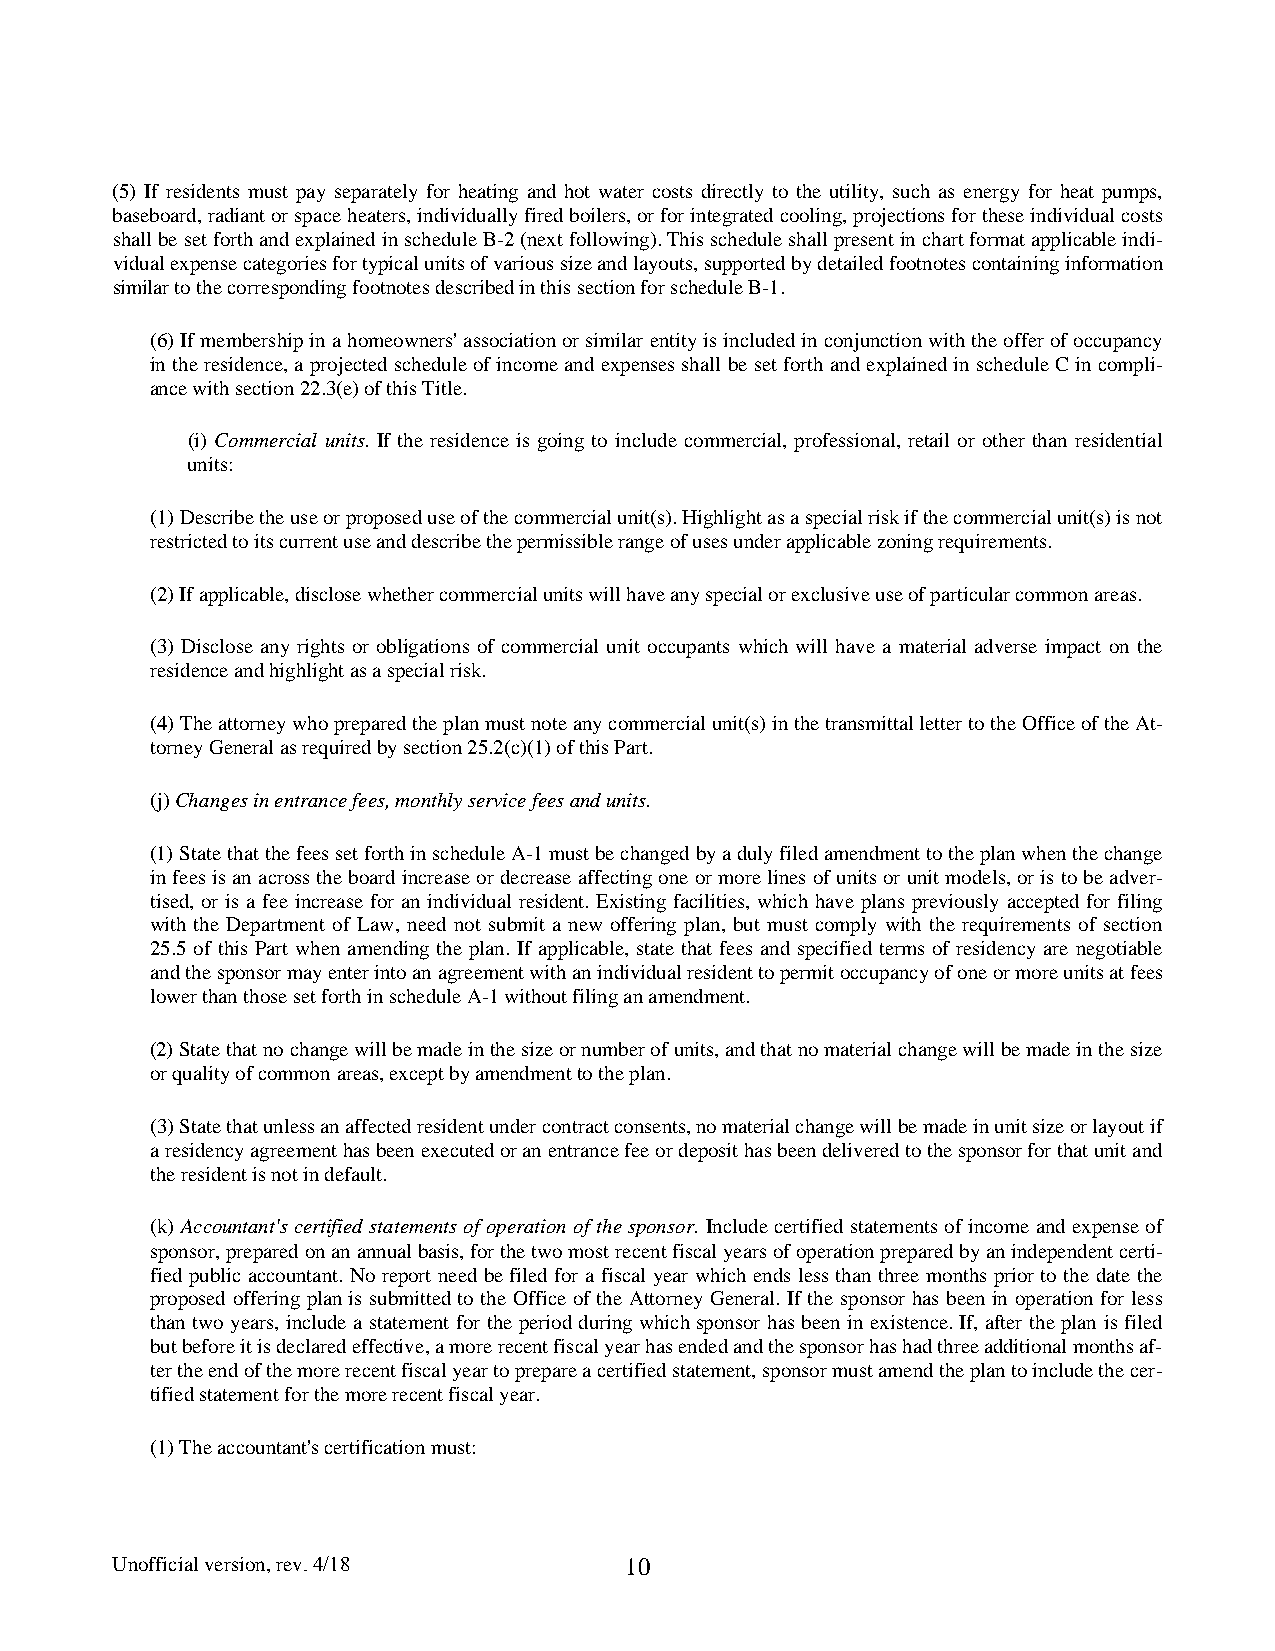
(5) If residents must pay separately for heating and hot water costs directly to the utility, such as energy for heat pumps,
 baseboard, radiant or space heaters, individually fired boilers, or for integrated cooling, projections for these individual costs
 shall be set forth and explained in schedule B-2 (next following). This schedule shall present in chart format applicable indi-
 vidual expense categories for typical units of various size and layouts, supported by detailed footnotes containing information
 similar to the corresponding footnotes described in this section for schedule B-1.
 (6) If membership in a homeowners' association or similar entity is included in conjunction with the offer of occupancy
 in the residence, a projected schedule of income and expenses shall be set forth and explained in schedule C in compli-
 ance with section 22.3(e) of this Title.
 (i) Commercial units. If the residence is going to include commercial, professional, retail or other than residential
 units:
 (1) Describe the use or proposed use of the commercial unit(s). Highlight as a special risk if the commercial unit(s) is not
 restricted to its current use and describe the permissible range of uses under applicable zoning requirements.
 (2) If applicable, disclose whether commercial units will have any special or exclusive use of particular common areas.
 (3) Disclose any rights or obligations of commercial unit occupants which will have a material adverse impact on the
 residence and highlight as a special risk.
 (4) The attorney who prepared the plan must note any commercial unit(s) in the transmittal letter to the Office of the At-
 torney General as required by section 25.2(c)(1) of this Part.
 (j) Changes in entrance fees, monthly service fees and units.
 (1) State that the fees set forth in schedule A-1 must be changed by a duly filed amendment to the plan when the change
 in fees is an across the board increase or decrease affecting one or more lines of units or unit models, or is to be adver-
 tised, or is a fee increase for an individual resident. Existing facilities, which have plans previously accepted for filing
 with the Department of Law, need not submit a new offering plan, but must comply with the requirements of section
 25.5 of this Part when amending the plan. If applicable, state that fees and specified terms of residency are negotiable
 and the sponsor may enter into an agreement with an individual resident to permit occupancy of one or more units at fees
 lower than those set forth in schedule A-1 without filing an amendment.
 (2) State that no change will be made in the size or number of units, and that no material change will be made in the size
 or quality of common areas, except by amendment to the plan.
 (3) State that unless an affected resident under contract consents, no material change will be made in unit size or layout if
 a residency agreement has been executed or an entrance fee or deposit has been delivered to the sponsor for that unit and
 the resident is not in default.
 (k) Accountant's certified statements of operation of the sponsor. Include certified statements of income and expense of
 sponsor, prepared on an annual basis, for the two most recent fiscal years of operation prepared by an independent certi-
 fied public accountant. No report need be filed for a fiscal year which ends less than three months prior to the date the
 proposed offering plan is submitted to the Office of the Attorney General. If the sponsor has been in operation for less
 than two years, include a statement for the period during which sponsor has been in existence. If, after the plan is filed
 but before it is declared effective, a more recent fiscal year has ended and the sponsor has had three additional months af-
 ter the end of the more recent fiscal year to prepare a certified statement, sponsor must amend the plan to include the cer-
 tified statement for the more recent fiscal year.
 (1) The accountant's certification must:
 Unofficial version, rev. 4/18     10